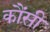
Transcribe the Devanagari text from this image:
कौंसी